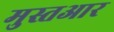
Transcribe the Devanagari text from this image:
मुस्तआर